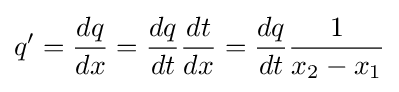
q'={\frac {dq}{dx}}={\frac {dq}{dt}}{\frac {dt}{dx}}={\frac {dq}{dt}}{\frac {1}{x_{2}-x_{1}}}